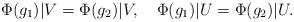
LaTeX: \begin{align*} ~~ \Phi(g_1)|V = \Phi(g_2)|V, ~ ~~ \Phi(g_1)|U = \Phi(g_2)|U. \end{align*}